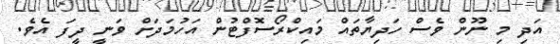
އަދި މި ނޫން ވެސް ހަދިޔާތައް މައިކްރޯސޮފްޓުން އަހުމަަދަށް ވަނީ ދީފަ އެވެ.